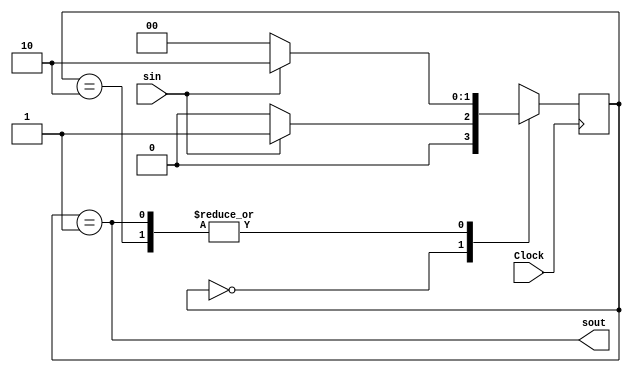
module moore (Clock, sin, sout);
	input Clock, sin;
	output sout;
	reg [1:0]bits, tempstate;
	parameter A = 2'b00, B = 2'b01, C = 2'b10;
	
	always @(sin, bits)
	begin
		case(bits)
			A: if (sin == 0) tempstate = A;
				else tempstate = B;
			B: if (sin == 0) tempstate = A;
				else tempstate = C;
			C: if (sin == 0) tempstate = A;
				else tempstate = C;
			default tempstate = 2'bxx;
		endcase
	end
	
	always @(posedge Clock)
	begin
		bits <= tempstate;
	end
	
	assign sout = (bits == B);
endmodule